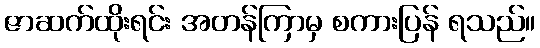
ဇာဆက်ထိုးရင်း အတန်ကြာမှ စကားပြန် ရသည်။